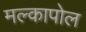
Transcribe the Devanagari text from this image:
मल्कापोल